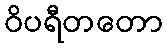
ဝိပရီတတော